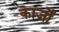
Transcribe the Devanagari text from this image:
कार्जों